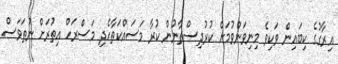
އިރާގުގެ ކިބައިން ވަކިވެ މިނިވަންވުމަށް ކުރުދިސްތާނުން ކުރާ މަސައްކަތާހެދި މަސްރަހް އިތުރަށް ނުތަވަސް